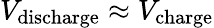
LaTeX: V_{\mathrm{discharge}}\approx V_{\mathrm{charge}}